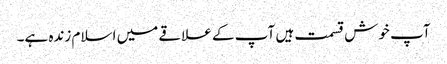
آپ خوش قسمت ہیں آپ کے علاقے میں اسلام زندہ ہے۔